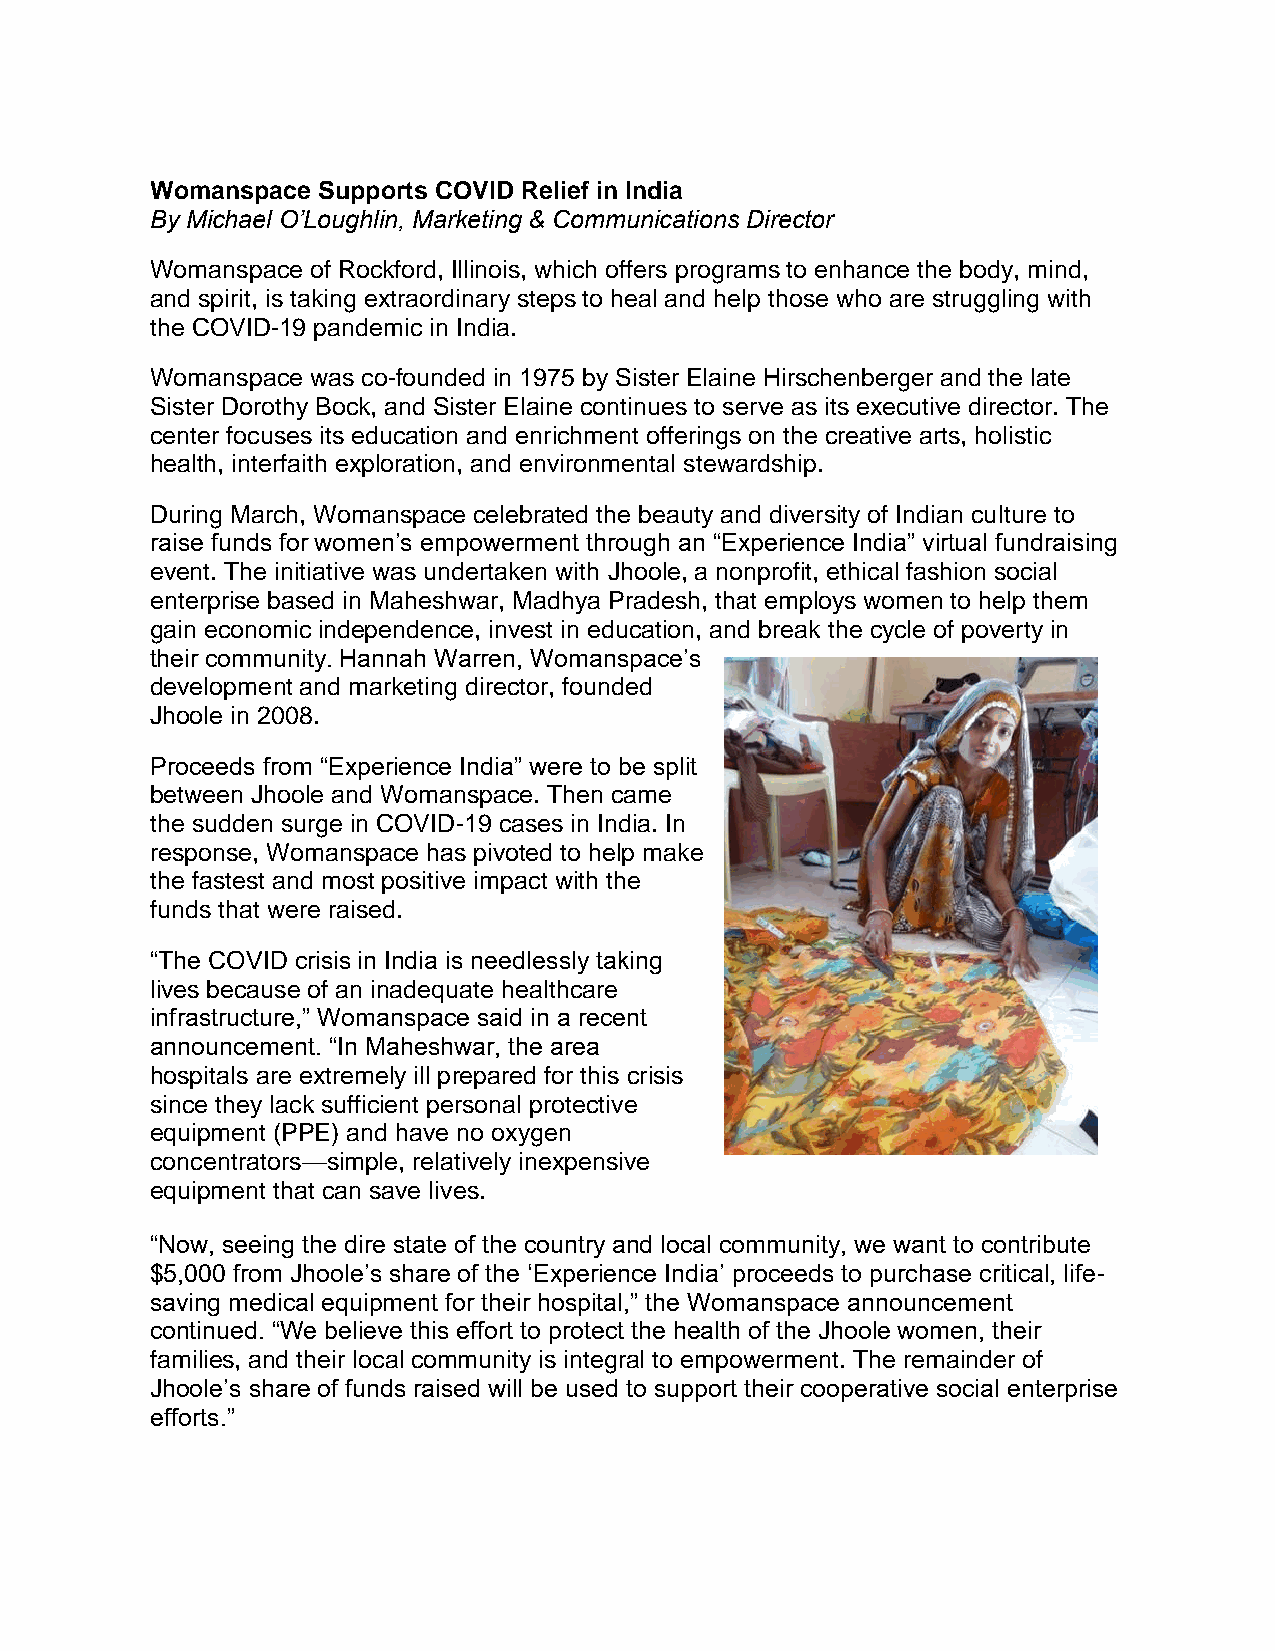
Womanspace Supports COVID Relief in India
 By Michael O’Loughlin, Marketing & Communications Director
 Womanspace of Rockford, Illinois, which offers programs to enhance the body, mind,
 and spirit, is taking extraordinary steps to heal and help those who are struggling with
 the COVID-19 pandemic in India.
 Womanspace was co-founded in 1975 by Sister Elaine Hirschenberger and the late
 Sister Dorothy Bock, and Sister Elaine continues to serve as its executive director. The
 center focuses its education and enrichment offerings on the creative arts, holistic
 health, interfaith exploration, and environmental stewardship.
 During March, Womanspace celebrated the beauty and diversity of Indian culture to
 raise funds for women’s empowerment through an “Experience India” virtual fundraising
 event. The initiative was undertaken with Jhoole, a nonprofit, ethical fashion social
 enterprise based in Maheshwar, Madhya Pradesh, that employs women to help them
 gain economic independence, invest in education, and break the cycle of poverty in
 their community. Hannah Warren, Womanspace’s
 development and marketing director, founded
 Jhoole in 2008.
 Proceeds from “Experience India” were to be split
 between Jhoole and Womanspace. Then came
 the sudden surge in COVID-19 cases in India. In
 response, Womanspace has pivoted to help make
 the fastest and most positive impact with the
 funds that were raised.
 “The COVID crisis in India is needlessly taking
 lives because of an inadequate healthcare
 infrastructure,” Womanspace said in a recent
 announcement. “In Maheshwar, the area
 hospitals are extremely ill prepared for this crisis
 since they lack sufficient personal protective
 equipment (PPE) and have no oxygen
 concentrators—simple, relatively inexpensive
 equipment that can save lives.
 “Now, seeing the dire state of the country and local community, we want to contribute
 $5,000 from Jhoole’s share of the ‘Experience India’ proceeds to purchase critical, life-
 saving medical equipment for their hospital,” the Womanspace announcement
 continued. “We believe this effort to protect the health of the Jhoole women, their
 families, and their local community is integral to empowerment. The remainder of
 Jhoole’s share of funds raised will be used to support their cooperative social enterprise
 efforts.”